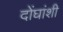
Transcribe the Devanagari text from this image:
दोंघांशी